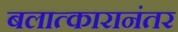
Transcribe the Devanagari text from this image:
बलात्कारानंतर